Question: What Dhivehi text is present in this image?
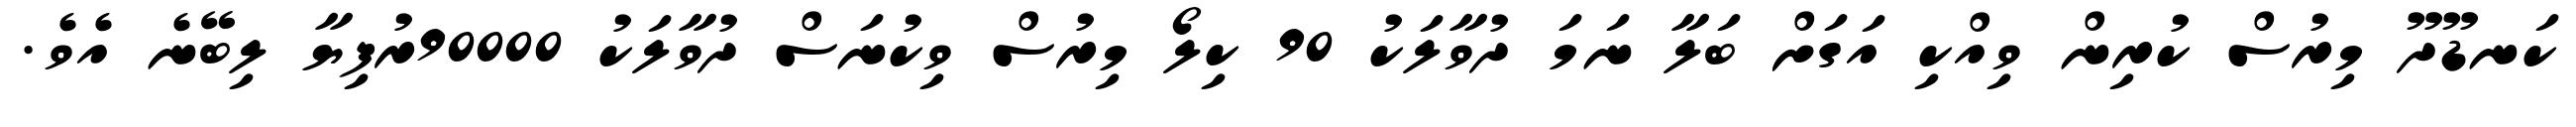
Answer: ކަނޑޫދޫ މިރުސް ކުރިން ވިއްކި އަގަށް ބަލާ ނަމަ ދުވާލަކު 90 ކިލޯ މިރުސް ވިކުނަސް ދުވާލަކު 90000ރުފިޔާ ލިބޭނެ އެވެ.